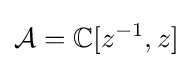
{\mathcal {A}}=\mathbb {C} [z^{-1},z]